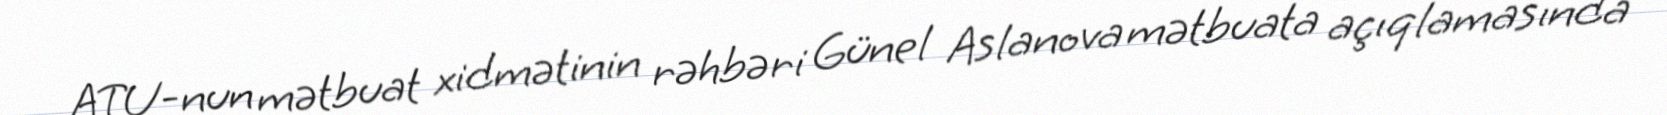
ATU-nun mətbuat xidmətinin rəhbəri Günel Aslanova mətbuata açıqlamasında